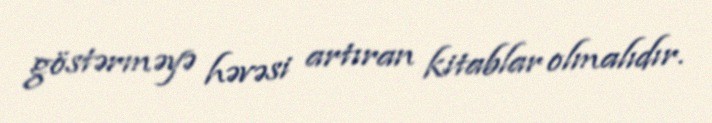
göstərməyə həvəsi artıran kitablar olmalıdır.